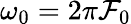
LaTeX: \omega_{0}=2\pi\mathcal{F}_{0}